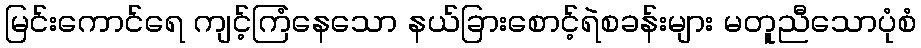
မြင်းကောင်ရေ ကျင့်ကြံနေသော နယ်ခြားစောင့်ရဲစခန်းများ မတူညီသောပုံစံ